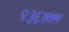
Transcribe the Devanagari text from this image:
९३६७७५